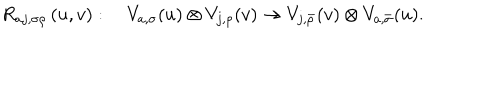
R _ { a j , \sigma \rho } \left( u , v \right) : \quad V _ { a , \sigma } ( u ) \otimes V _ { j , \rho } ( v ) \rightarrow V _ { j , \bar { \rho } } ( v ) \otimes V _ { a , \bar { \sigma } } ( u ) .